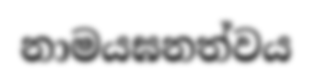
නාමයඝනත්වය